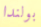
بولندا